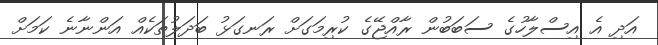
އަދި އެ އިސްލާހުގެ ސަބަބުން ރާއްޖޭގެ ކުރިމަގަށް ރަނގަޅު ބަދަލުތަކެއް އަންނާނެ ކަމަށް